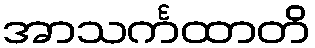
အာသင်္ကထာတိ